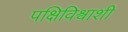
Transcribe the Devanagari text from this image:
पक्षिविश्वाशी